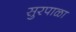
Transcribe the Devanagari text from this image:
सुरपाळा